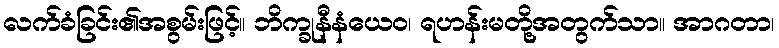
လက်ခံခြင်း၏အစွမ်းဖြင့်။ ဘိက္ခုနီနံယေဝ၊ ရဟန်းမတို့အတွက်သာ။ အာဂတာ၊